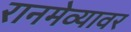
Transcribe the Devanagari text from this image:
रानमेव्यावर